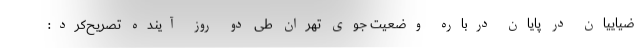
ضیاییان در پایان درباره وضعیت جوی تهران طی دو روز آینده تصریح‌کرد: